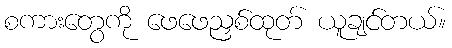
စကားတွေကို ဖေဖေညှစ်ထုတ် ယူချင်တယ်။